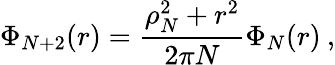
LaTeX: \Phi_{N+2}(r)=\frac{\rho_{N}^{2}+r^{2}}{2\pi N}\Phi_{N}(r)\: ,